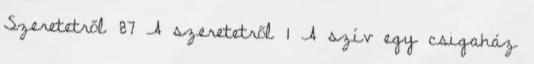
Szeretetről 87 A szeretetről 1 A szív egy csigaház